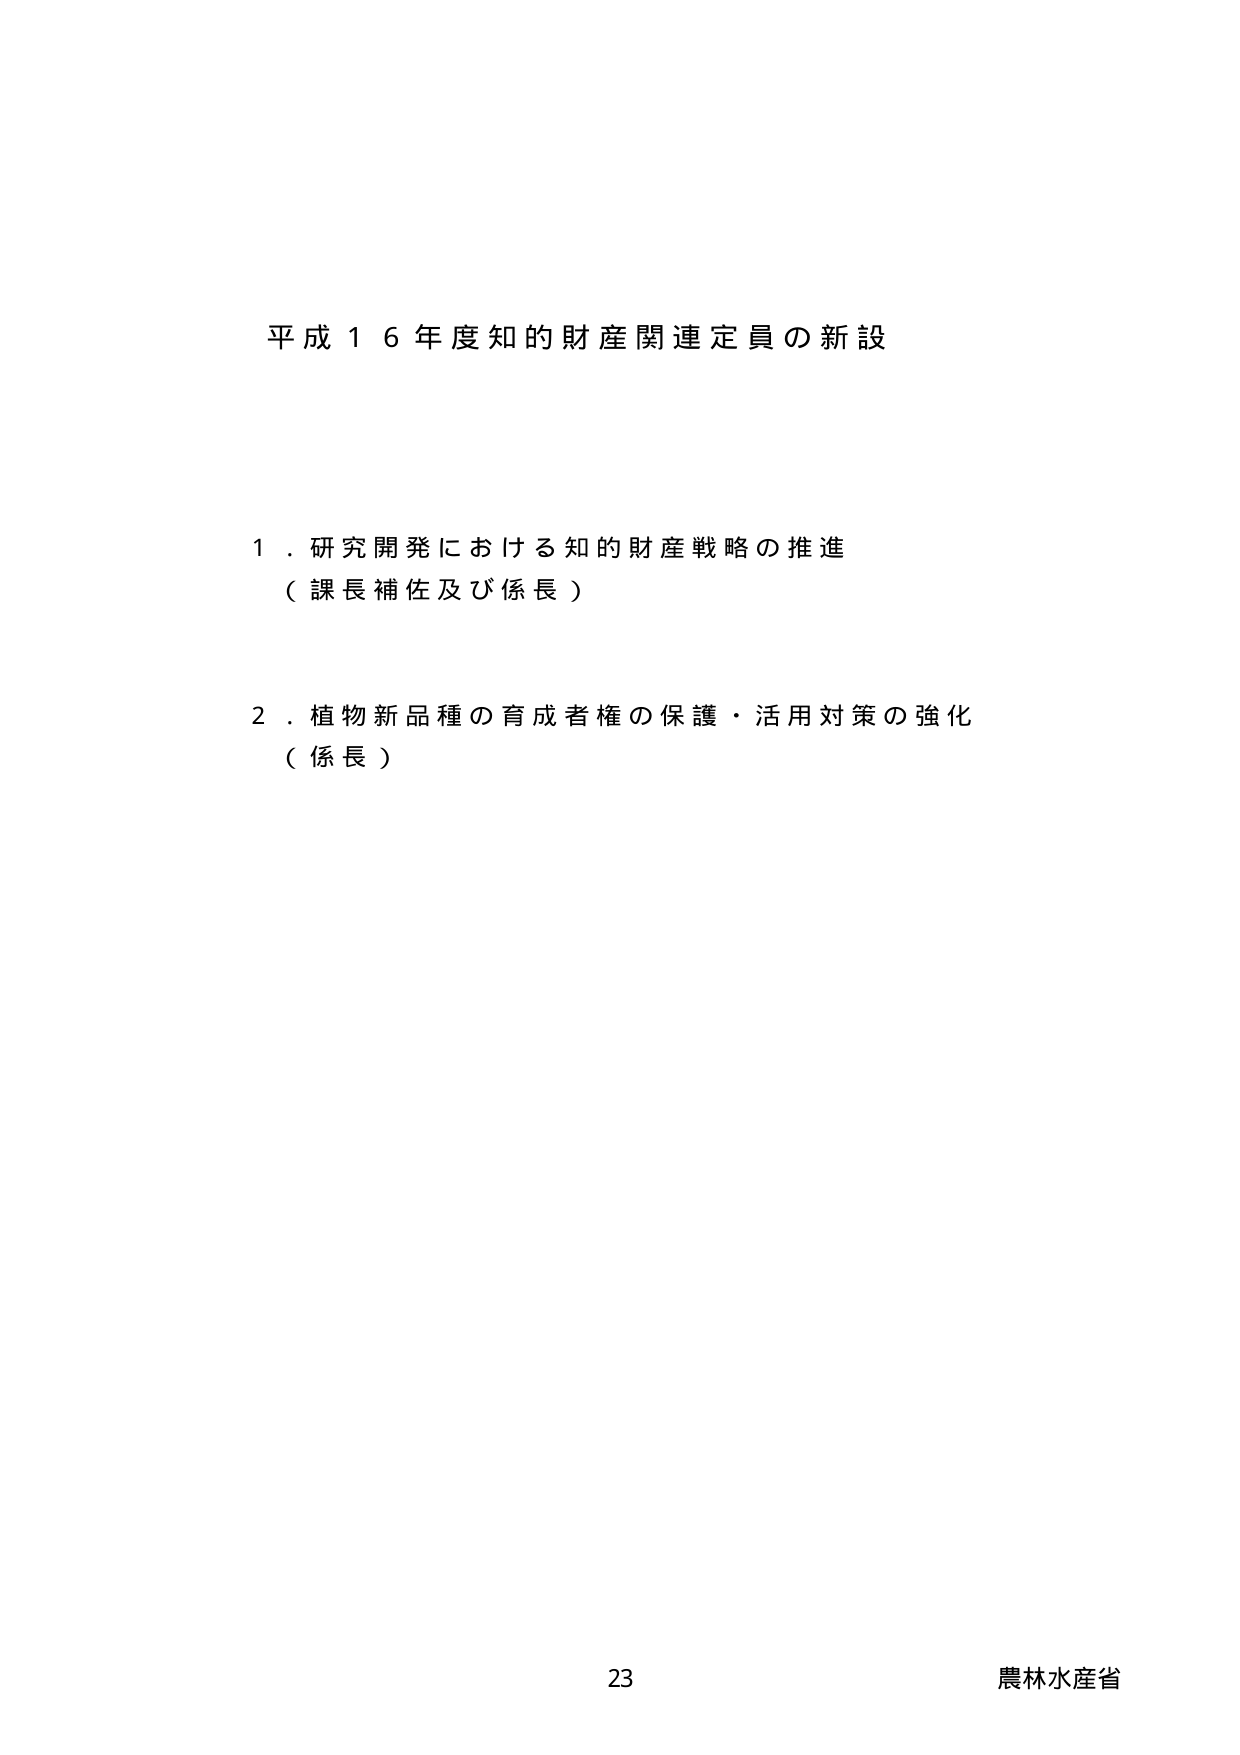
平成１６年度知的財産関連定員の新設

１．研究開発における知的財産戦略の推進
（課長補佐及び係長）

２．植物新品種の育成者権の保護・活用対策の強化
（係長）

23
農林水産省